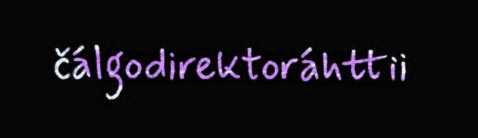
čálgodirektoráhttii